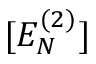
[ E _ { N } ^ { ( 2 ) } ]